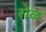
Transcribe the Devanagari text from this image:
रोळ